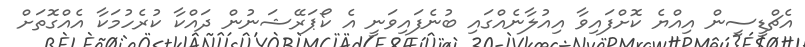
އެޗްޑީސީން އިއްޔެ ކޮށްފައިވާ އިއުލާނެއްގައި ބުނެފައިވަނީ އެ ކޯޕަރޭޝަނުން ދައްކާ ކުރެހުމަކާ އެއްގޮތަށް